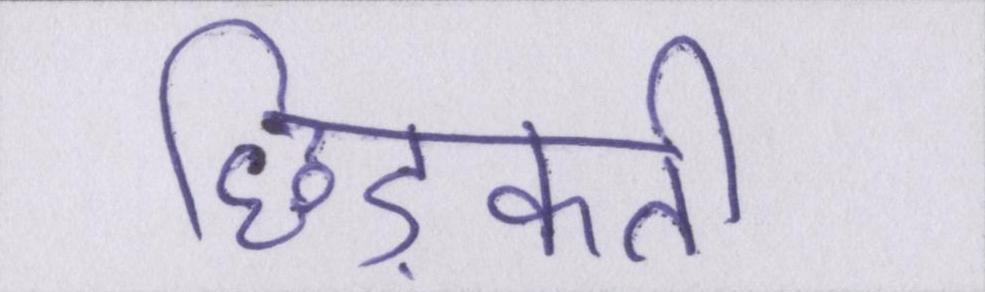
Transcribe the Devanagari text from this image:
छिड़कती